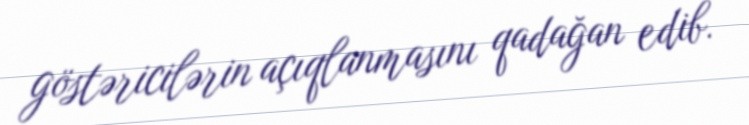
göstəricilərin açıqlanmasını qadağan edib.